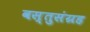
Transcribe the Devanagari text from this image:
वस्तुसंग्रह